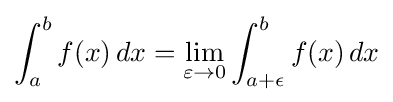
\int _{a}^{b}f(x)\,dx=\lim _{\varepsilon \to 0}\int _{a+\epsilon }^{b}f(x)\,dx